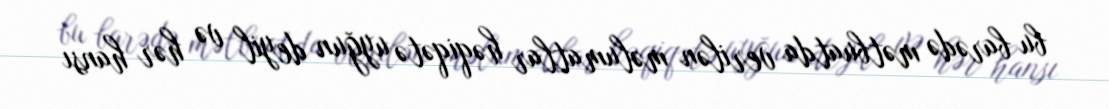
bu barədə mətbuatda verilən məlumatlar həqiqətə uyğun deyil və hər hansı